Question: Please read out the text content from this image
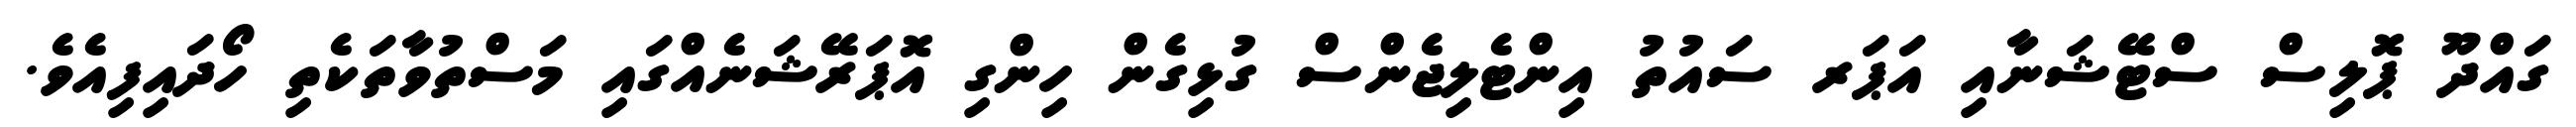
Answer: ގައްދޫ ޕޮލިސް ސްޓޭޝަނާއި އަޕަރ ސައުތު އިންޓެލިޖެންސް ގުޅިގެން ހިންގި އޮޕަރޭޝަނެއްގައި މަސްތުވާތަކެތި ހޯދައިފިއެވެ.